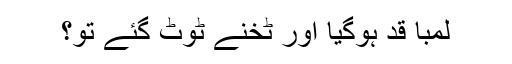
لمبا قد ہوگیا اور ٹخنے ٹوٹ گئے تو؟